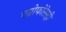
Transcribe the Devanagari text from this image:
एग्रोफोरेस्ट्री